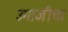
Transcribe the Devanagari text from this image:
उमाजीचा